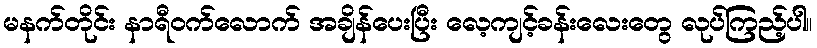
မနက်တိုင်း နာရီဝက်လောက် အချိန်ပေးပြီး လေ့ကျင့်ခန်းလေးတွေ လုပ်ကြည့်ပါ။